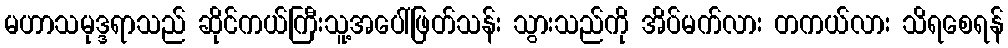
မဟာသမုဒ္ဒရာသည် ဆိုင်ကယ်ကြီးသူ့အပေါ်ဖြတ်သန်း သွားသည်ကို အိပ်မက်လား တကယ်လား သိရစေရန်